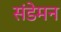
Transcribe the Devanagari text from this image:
संडेमन